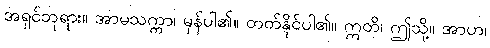
အရှင်ဘုရား။ အာမသက္ကာ၊ မှန်ပါ၏။ တတ်နိုင်ပါ၏။ ဣတိ၊ ဤသို့။ အာဟ၊